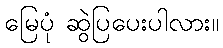
မြေပုံ ဆွဲပြပေးပါလား။